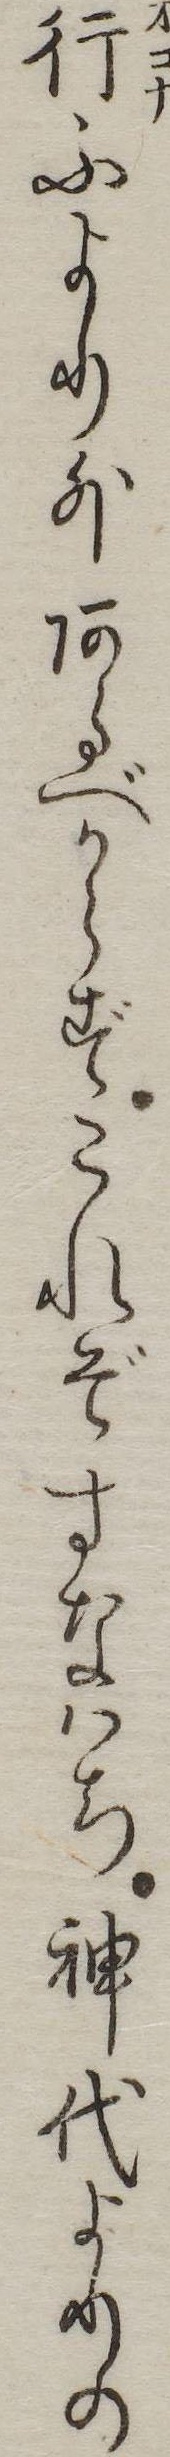
行ふより外あるべからずこれぞすなはち神代よりの